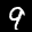
Label: 9